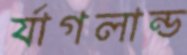
র‍্যাগলান্ড